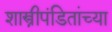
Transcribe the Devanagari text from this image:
शास्त्रीपंडितांच्या